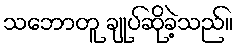
သဘောတူ ချုပ်ဆိုခဲ့သည်။